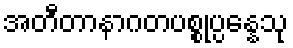
အတီတာနာဂတပစ္စုပ္ပန္နေသု